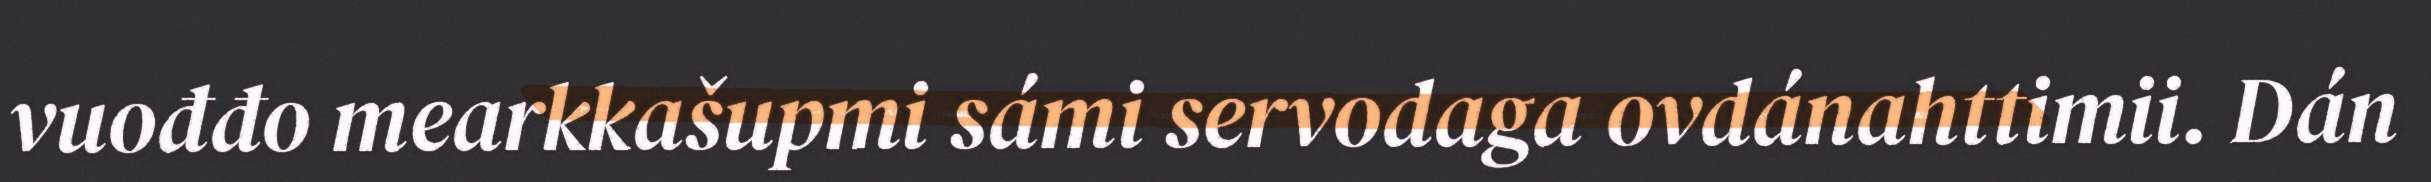
vuođđo mearkkašupmi sámi servodaga ovdánahttimii. Dán